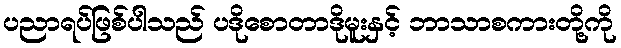
ပညာရပ်ဖြစ်ပါသည် ပဒိုစောတာဒိုမူးနှင့် ဘာသာစကားတို့ကို